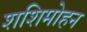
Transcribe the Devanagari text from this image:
शशिमोहन